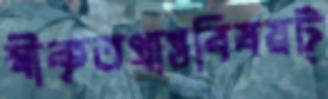
স্বীকৃতপ্রাপ্তবিষয়ট্